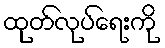
ထုတ်လုပ်ရေးကို